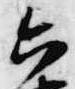
六